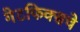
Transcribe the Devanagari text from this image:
गेटफिक्सचे